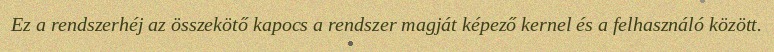
Ez a rendszerhéj az összekötő kapocs a rendszer magját képező kernel és a felhasználó között.